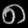
Digit: ၈